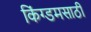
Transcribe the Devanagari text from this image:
किंग्डमसाठी